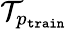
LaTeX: \mathcal{T}_{p_{\mathtt{train}}}